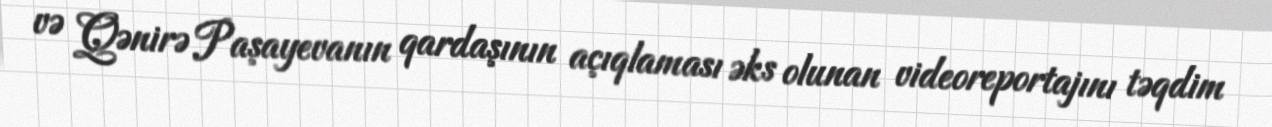
və Qənirə Paşayevanın qardaşının açıqlaması əks olunan videoreportajını təqdim